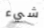
شيء